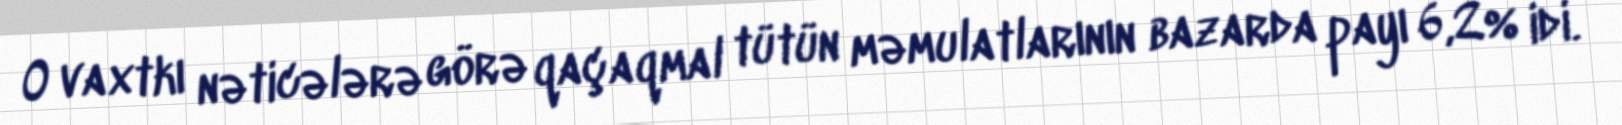
O vaxtkı nəticələrə görə qaçaqmal tütün məmulatlarının bazarda payı 6,2% idi.